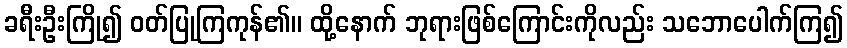
ခရီးဦးကြို၍ ဝတ်ပြုကြကုန်၏။ ထို့နောက် ဘုရားဖြစ်ကြောင်းကိုလည်း သဘောပေါက်ကြ၍